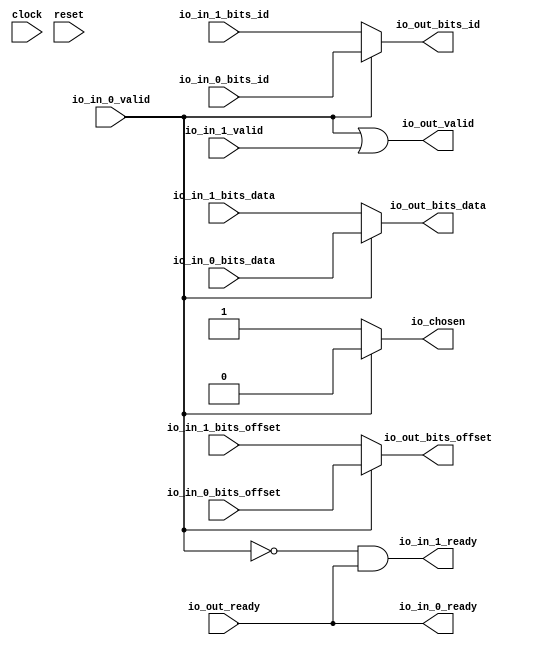
module Arbiter_1(
  input         clock,
  input         reset,
  output        io_in_0_ready,
  input         io_in_0_valid,
  input         io_in_0_bits_id,
  input  [2:0]  io_in_0_bits_offset,
  input  [63:0] io_in_0_bits_data,
  output        io_in_1_ready,
  input         io_in_1_valid,
  input         io_in_1_bits_id,
  input  [2:0]  io_in_1_bits_offset,
  input  [63:0] io_in_1_bits_data,
  input         io_out_ready,
  output        io_out_valid,
  output        io_out_bits_id,
  output [2:0]  io_out_bits_offset,
  output [63:0] io_out_bits_data,
  output        io_chosen
);
  wire  grant_1 = ~io_in_0_valid; // @[Arbiter.scala 31:78]
  assign io_in_0_ready = io_out_ready; // @[Arbiter.scala 134:19]
  assign io_in_1_ready = grant_1 & io_out_ready; // @[Arbiter.scala 134:19]
  assign io_out_valid = ~grant_1 | io_in_1_valid; // @[Arbiter.scala 135:31]
  assign io_out_bits_id = io_in_0_valid ? io_in_0_bits_id : io_in_1_bits_id; // @[Arbiter.scala 126:27 Arbiter.scala 128:19 Arbiter.scala 124:15]
  assign io_out_bits_offset = io_in_0_valid ? io_in_0_bits_offset : io_in_1_bits_offset; // @[Arbiter.scala 126:27 Arbiter.scala 128:19 Arbiter.scala 124:15]
  assign io_out_bits_data = io_in_0_valid ? io_in_0_bits_data : io_in_1_bits_data; // @[Arbiter.scala 126:27 Arbiter.scala 128:19 Arbiter.scala 124:15]
  assign io_chosen = io_in_0_valid ? 1'h0 : 1'h1; // @[Arbiter.scala 126:27 Arbiter.scala 127:17 Arbiter.scala 123:13]
endmodule